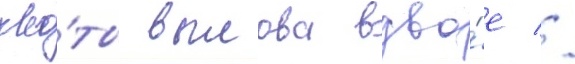
кво́ты вылова вдво́е //